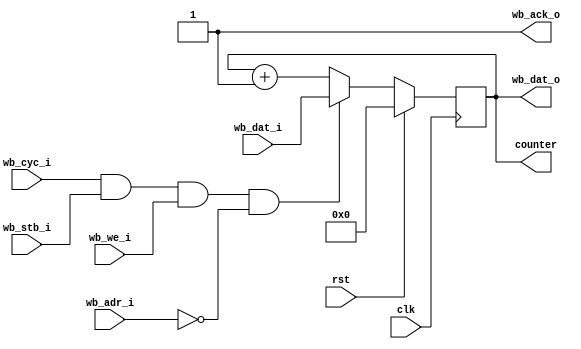
/* Simple clock counter accessible via wishbone bus
 *
 * Copyright (c) 2024  Kevin O'Connor <kevin@koconnor.net>
 * SPDX-License-Identifier: Apache-2.0
 */

module clockcounter (
    input clk, rst,

    output reg [31:0] counter,

    input wb_stb_i, input wb_cyc_i, input wb_we_i,
    input [3:0] wb_adr_i,
    input [31:0] wb_dat_i,
    output [31:0] wb_dat_o,
    output wb_ack_o
    );

    // Main counter
    wire is_command_set_counter;
    always @(posedge clk) begin
        if (rst)
            counter <= 0;
        else if (is_command_set_counter)
            counter <= wb_dat_i;
        else
            counter <= counter + 1;
    end

    // Wishbone command handling
    wire is_command = wb_cyc_i && wb_stb_i && wb_we_i;
    assign is_command_set_counter = is_command && wb_adr_i == 0;
    assign wb_dat_o = counter;
    assign wb_ack_o = 1;

endmodule